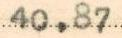
40,87